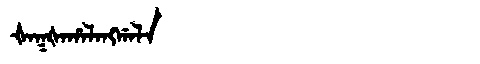
Manchu: ᡧᠠᡴᡧᠠᡥᠠᠯᠠᠩᡤᠠᠯᠠ
Romanization: ŠAKŠAHALANGGALA